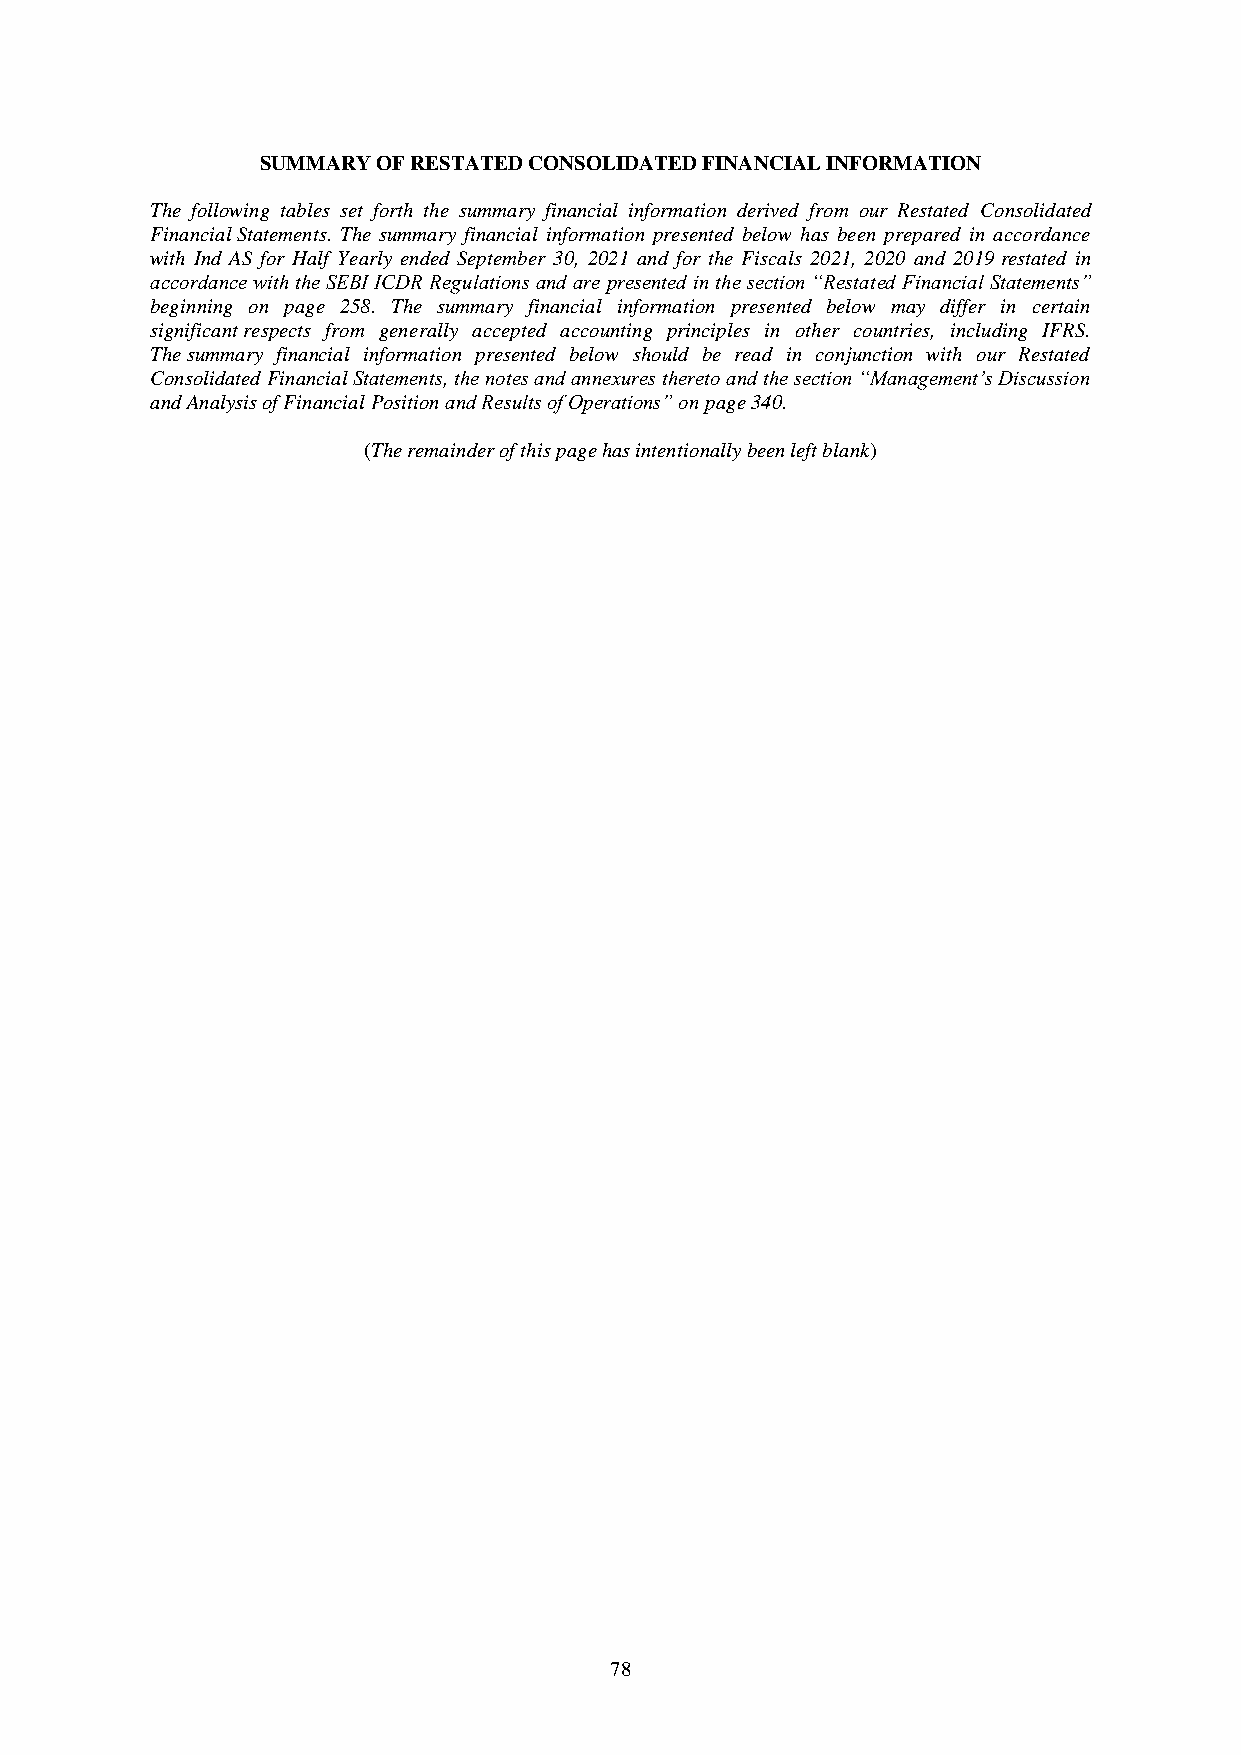
SUMMARY OF RESTATED CONSOLIDATED FINANCIAL INFORMATION
 The following tables set forth the summary financial information derived from our Restated Consolidated
 Financial Statements. The summary financial information presented below has been prepared in accordance
 with Ind AS for Half Yearly ended September 30, 2021 and for the Fiscals 2021, 2020 and 2019 restated in
 accordance with the SEBI ICDR Regulations and are presented in the section “Restated Financial Statements”
 beginning on page 258. The summary financial information presented below may differ in certain
 significant respects from generally accepted accounting principles in other countries, including IFRS.
 The summary financial information presented below should be read in conjunction with our Restated
 Consolidated Financial Statements, the notes and annexures thereto and the section “Management’s Discussion
 and Analysis of Financial Position and Results of Operations” on page 340.
 (The remainder of this page has intentionally been left blank)
 78